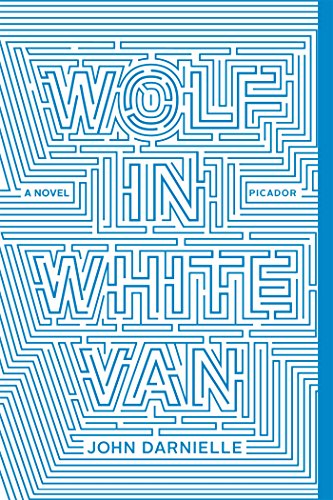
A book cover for Wolf in White Van: A Novel; John Darnielle; Mystery, Thriller & Suspense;